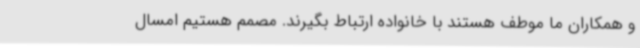
و همکاران ما موطف هستند با خانواده ارتباط بگیرند. مصمم هستیم امسال